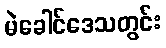
မဲခေါင်ဒေသတွင်း